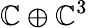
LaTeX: \mathbb{C}\oplus\mathbb{C}^{3}